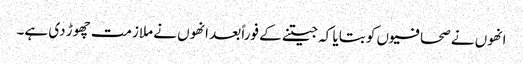
انھوں نے صحافیوں کو بتایا کہ جیتنے کے فوراً بعد انھوں نے ملازمت چھوڑ دی ہے۔